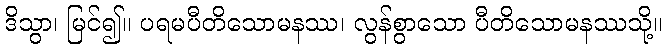
ဒိသွာ၊ မြင်၍။ ပရမပီတိသောမနဿ၊ လွန်စွာသော ပီတိသောမနဿသို့။